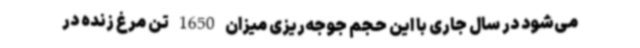
می‌شود در سال جاری با این حجم جوجه‌ریزی میزان 1650 تن مرغ زنده در